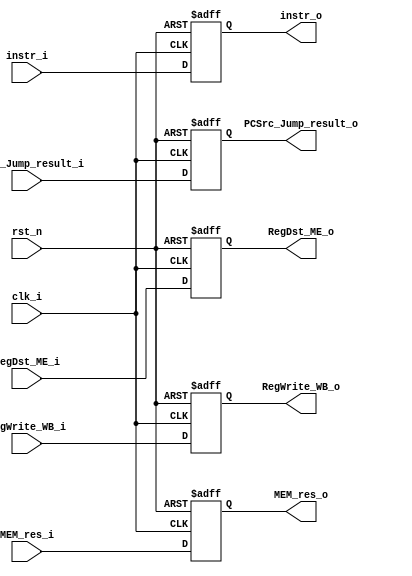
module MEM( clk_i, rst_n, instr_i, instr_o , MEM_res_i , MEM_res_o , PCSrc_Jump_result_i , PCSrc_Jump_result_o , RegDst_ME_i , RegDst_ME_o ,
			RegWrite_WB_i , RegWrite_WB_o );
     
//I/O ports
input           clk_i;
input	        rst_n;
input  [32-1:0] instr_i;
input  [31:0] MEM_res_i;
input  [31:0] PCSrc_Jump_result_i ;
input  [1:0] RegDst_ME_i ;
input  RegWrite_WB_i ;

output [32-1:0] instr_o;
output [31:0] MEM_res_o;
output [31:0] PCSrc_Jump_result_o ;
output [1:0] RegDst_ME_o ;
output RegWrite_WB_o ;
 
//Internal Signals
reg    [32-1:0] instr_o;
reg		[31:0] MEM_res_o ;
reg		[31:0] PCSrc_Jump_result_o ;
reg 	[1:0] RegDst_ME_o ;
reg		RegWrite_WB_o ;


//Main function
always @(posedge clk_i or negedge rst_n) begin
    if(~rst_n)begin
	    instr_o <= 0;
		MEM_res_o <= 0;
		PCSrc_Jump_result_o <= 0 ;
		RegDst_ME_o <= 0;
		RegWrite_WB_o <= 0 ;
		end
	else
		begin
			instr_o <= instr_i;
			MEM_res_o <= MEM_res_i ;
			PCSrc_Jump_result_o <= PCSrc_Jump_result_i ; 
			RegDst_ME_o <= RegDst_ME_i ;
			RegWrite_WB_o <= RegWrite_WB_i ;
			
		end
end

endmodule